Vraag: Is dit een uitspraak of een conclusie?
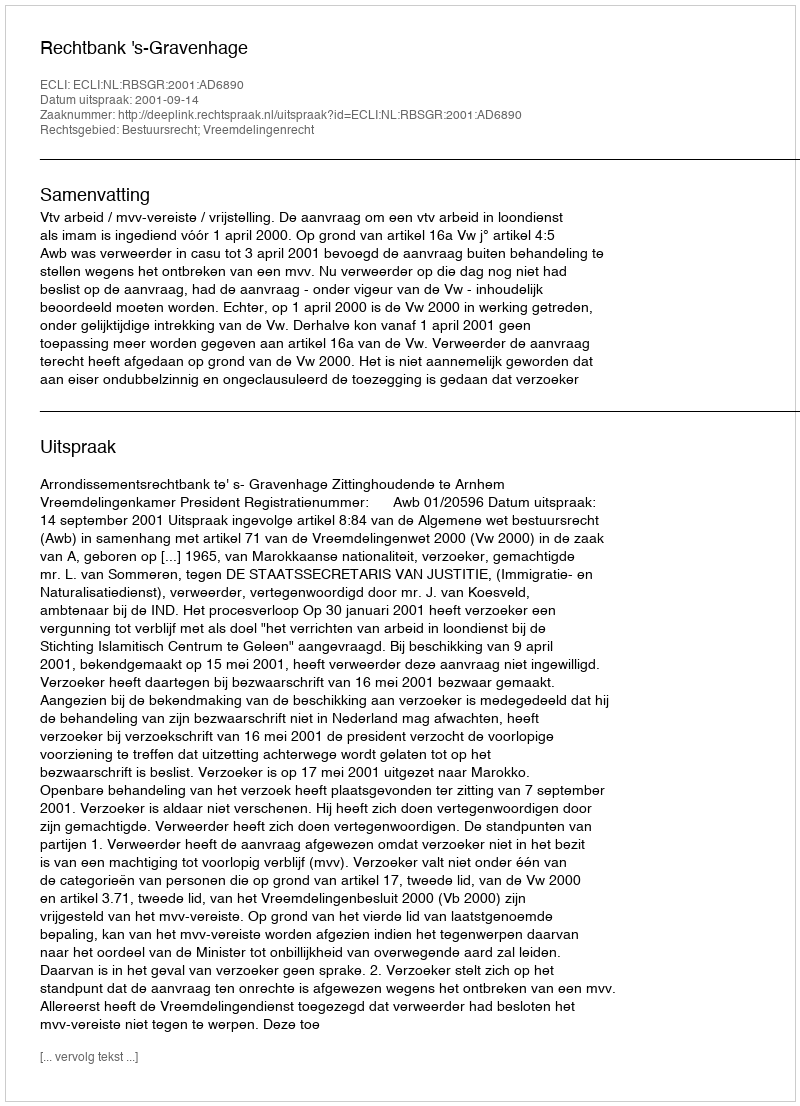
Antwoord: Uitspraak